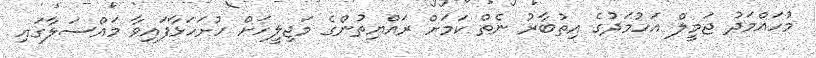
މުހައްމަދު ޖަމީލް އަހުމަދުގެ އިތުބާރު ނެތް ކަމަށް ރައްޔިތުންގެ މަޖިލީހަށް ހުށަހަޅާފައިވާ މައްސަލާގައި